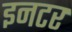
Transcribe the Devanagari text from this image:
इनटर